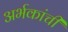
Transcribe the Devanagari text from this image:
अर्भकांची